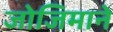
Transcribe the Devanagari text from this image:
जोजिमाने